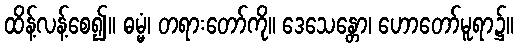
ထိန့်လန့်စေ၍။ ဓမ္မံ၊ တရားတော်ကို။ ဒေသေန္တော၊ ဟောတော်မူရာ၌။